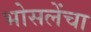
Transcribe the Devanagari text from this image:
भोसलेंचा